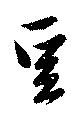
豆